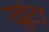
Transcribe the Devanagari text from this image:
खुंटा